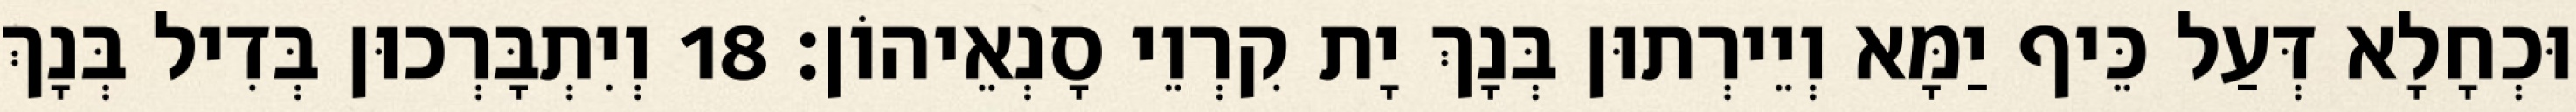
וּכְחָלָא דְּעַל כֵּיף יַמָּא וְיֵירְתוּן בְּנָךְ יָת קִרְוֵי סָנְאֵיהוֹן׃ 18 וְיִתְבָּרְכוּן בְּדִיל בְּנָךְ